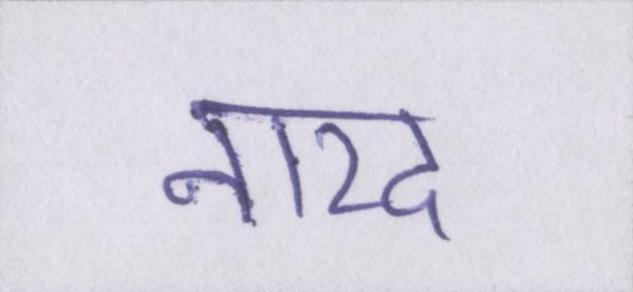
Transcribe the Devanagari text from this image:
नारद